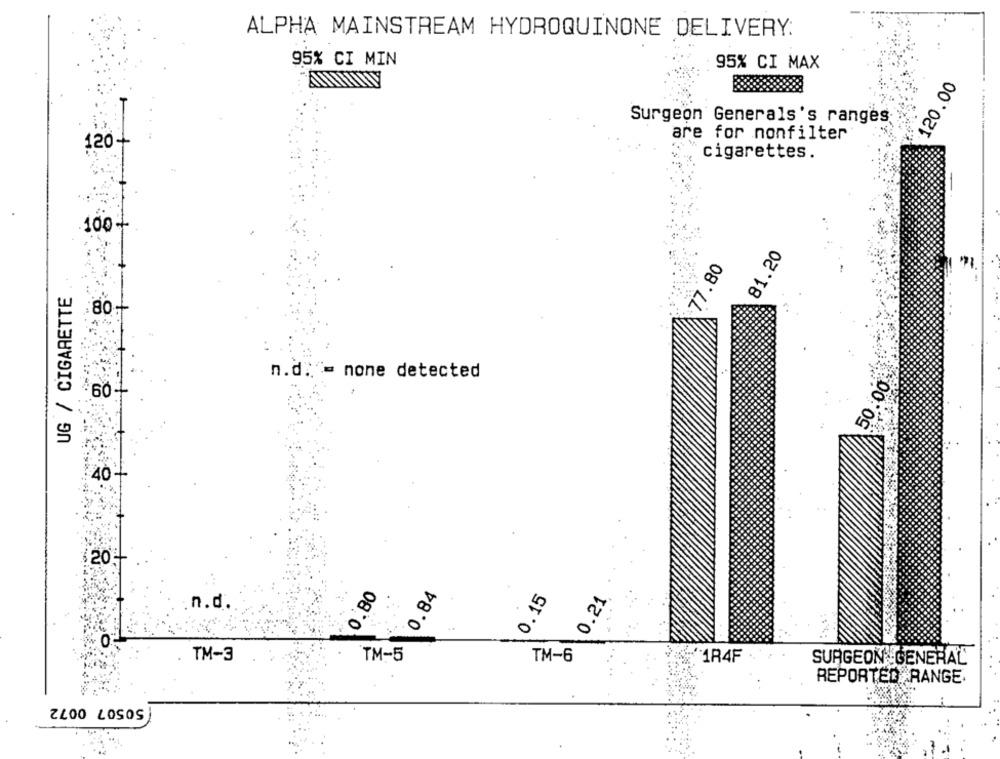
ALPHA MAINSTREAM HYDROQUINONE DELIVERY:
95% CI MIN
95% CI MAX
120.00
4
Surgeon Generals's ranges
are for nonfilter
120+
cigarettes.
100+
81.20
77.80
UG / CIGARETTE
:80+
50.00
n.d. - none detected
40 -
$20
0.80
0.84
0.15
0.21
n.d.
O
TM-3
TM-5
TM-6
"1R4F
SURGEON GENERAL
REPORTED RANGE.